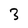
Character: 3